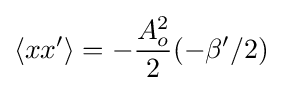
\langle xx'\rangle =-{\frac {A_{o}^{2}}{2}}(-\beta '/2)